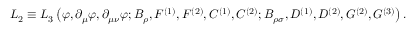
{ \cal L } _ { 2 } \equiv { \cal L } _ { 3 } \left( \varphi , \partial _ { \mu } \varphi , \partial _ { \mu \nu } \varphi ; B _ { \rho } , F ^ { ( 1 ) } , F ^ { ( 2 ) } , C ^ { ( 1 ) } , C ^ { ( 2 ) } ; B _ { \rho \sigma } , D ^ { ( 1 ) } , D ^ { ( 2 ) } , G ^ { ( 2 ) } , G ^ { ( 3 ) } \right) .